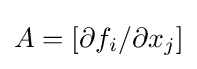
A=[\partial f_{i}/\partial x_{j}]